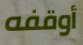
أوقفه